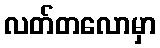
လတ်တလောမှာ